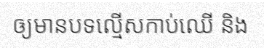
ឲ្យមានបទល្មើសកាប់ឈើ និង